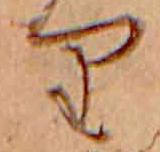
り